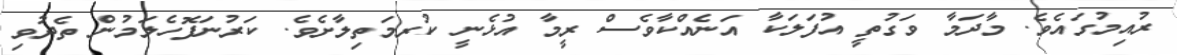
ރުއިމުގައެވެ. މާދަމާ ވަގުތީ އުފަލަކާ އަނެއްކާވެސް ރީމާ އުޅެނީ ކުރމަތިލާށެވެ. ކަރުނަފޮހެލަމުން ތެދުވި